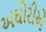
અઘોરીએ